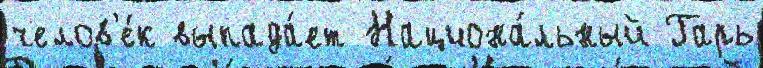
челов'е́к выпада́ет Национа́льный Гарь